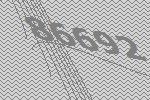
86692